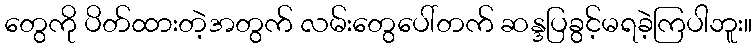
တွေကို ပိတ်ထားတဲ့အတွက် လမ်းတွေပေါ်တက် ဆန္ဒပြခွင့်မရခဲ့ကြပါဘူး။